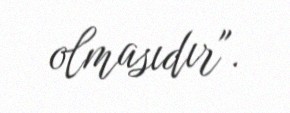
olmasıdır".